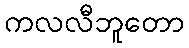
ကလလီဘူတော